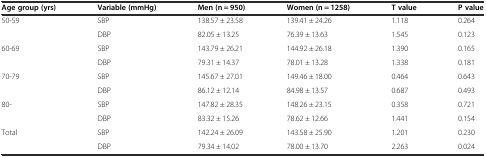
| Age group (yrs) | Variable (mmHg) | Men (n = 950) | Women (n = 1258) | T value | P value |
 | --- | --- | --- | --- | --- | --- |
 | 50-59 | SBP | 138.57 ± 23.58 | 139.41 ± 24.26 | 1.118 | 0.264 |
 |  | DBP | 82.05 ± 13.25 | 76.39 ± 13.63 | 1.545 | 0.123 |
 | 60-69 | SBP | 143.79 ± 26.21 | 144.92 ± 26.18 | 1.390 | 0.165 |
 |  | DBP | 79.31 ± 14.37 | 78.01 ± 13.28 | 1.338 | 0.181 |
 | 70-79 | SBP | 145.67 ± 27.01 | 149.46 ± 18.00 | 0.464 | 0.643 |
 |  | DBP | 86.12 ± 12.14 | 84.98 ± 13.57 | 0.687 | 0.493 |
 | 80- | SBP | 147.82 ± 28.35 | 148.26 ± 23.15 | 0.358 | 0.721 |
 |  | DBP | 83.32 ± 15.26 | 78.62 ± 12.66 | 1.441 | 0.154 |
 | Total | SBP | 142.24 ± 26.09 | 143.58 ± 25.90 | 1.201 | 0.230 |
 |  | DBP | 79.34 ± 14.02 | 78.00 ± 13.70 | 2.263 | 0.024 |